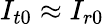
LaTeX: I_{t0}\approx I_{r0}